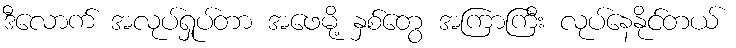
ဒီလောက် အလုပ်ရှုပ်တာ အဖေမို့ နှစ်တွေ အကြာကြီး လုပ်နေနိုင်တယ်